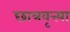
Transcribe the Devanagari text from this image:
छात्रवृत्त्या